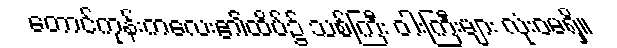
တောင်ကုန်းကလေး၏ထိပ်၌ သစ်ကြီး ဝါးကြီးများ လုံးဝမရှိ။